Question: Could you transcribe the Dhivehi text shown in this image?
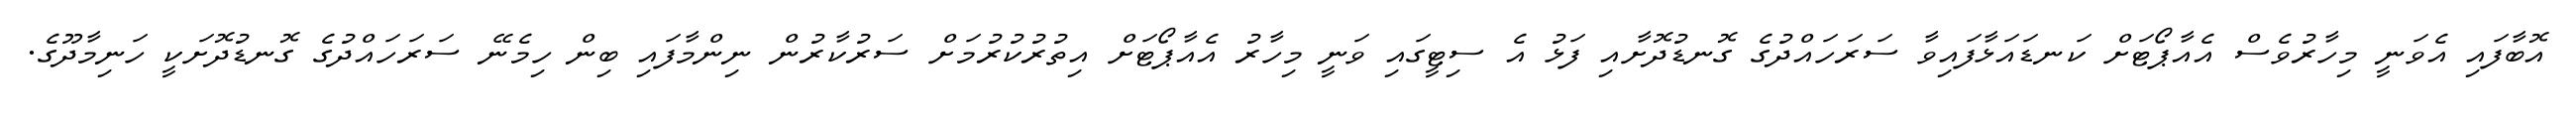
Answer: އޮބާފައި އެވަނީ މިހާރުވެސް އެއާޕޯޓަށް ކަނޑައަޅާފައިވާ ސަރަހައްދުގެ ގޮނޑުދޮށާއި ފަޅު އެ ސިޓީގައި ވަނީ މިހާރު އެއާޕޯޓަށް އިތުރުކުރުމަށް ސަރުކާރުން ނިންމާފައި ބިން ހިމެނޭ ސަރަހައްދުގެ ގޮނޑުދޮށަކީ ހަނިމާދޫގެ.